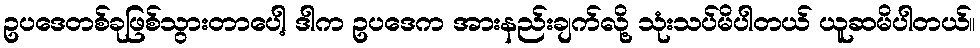
ဥပဒေတစ်ခုဖြစ်သွားတာပေါ့ ဒါက ဥပဒေက အားနည်းချက်လို့ သုံးသပ်မိပါတယ် ယူဆမိပါတယ်။